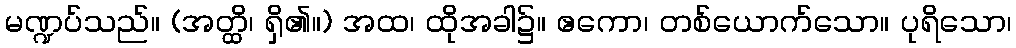
မဏ္ဍပ်သည်။ (အတ္ထိ၊ ရှိ၏။) အထ၊ ထိုအခါ၌။ ဧကော၊ တစ်ယောက်သော။ ပုရိသော၊